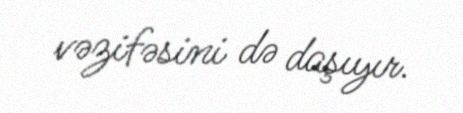
vəzifəsini də daşıyır.